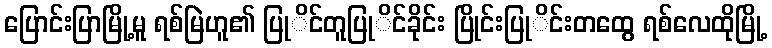
ပြောင်းပြာမြို့မူ ရစ်မြဲဟူ၏ ပြုိင်တူပြုိင်ခိုင်း ပြိုင်းပြုိင်းတထွေ ရစ်လေထိုမြို့